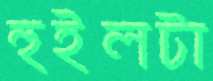
হুইলটা